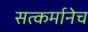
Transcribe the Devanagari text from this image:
सत्कर्मानेच